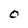
Character: 0